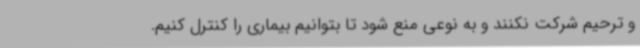
و ترحیم شرکت نکنند و به نوعی منع شود تا بتوانیم بیماری را کنترل کنیم.